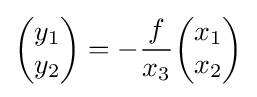
{\begin{pmatrix}y_{1}\\y_{2}\end{pmatrix}}=-{\frac {f}{x_{3}}}{\begin{pmatrix}x_{1}\\x_{2}\end{pmatrix}}